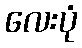
လေးပုံ